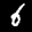
Label: 6